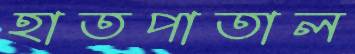
হাতপাতাল